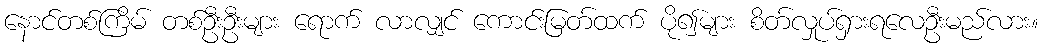
နောင်တစ်ကြိမ် တစ်ဦးဦးများ ရောက် လာလျှင် ကောင်းမြတ်ထက် ပို၍များ စိတ်လှုပ်ရှားရလေဦးမည်လား။